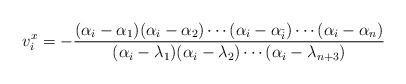
LaTeX: \begin{align*}v^{x}_i=-\frac{(\alpha_{i}-\alpha_1)(\alpha_{i}-\alpha_2)\cdots(\alpha_{i}-\alpha_{\check i})\cdots(\alpha_{i}-\alpha_n)}{(\alpha_{i}-\lambda_1)(\alpha_{i}-\lambda_2)\cdots(\alpha_{i}-\lambda_{n+3})}\end{align*}